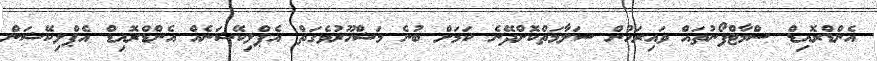
އެންޑްރޮއިޑް ސްމާޓްފޯނުތައް ވައިރަހުން ސަލާމަތްކޮށްދޭނެ ކަމަށް ބުނެ މަޝްހޫރުވެގަތް އެޕްލިކޭޝަނެއް އެންޑްރޮއިޑް އެޕްލިކޭޝަން